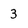
Character: 3